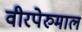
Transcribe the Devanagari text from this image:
वीरपेरुमाल